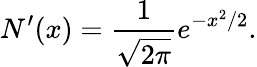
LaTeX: N^{\prime}(x)={\frac{1}{\sqrt{2\pi}}}e^{-x^{2}/2}.